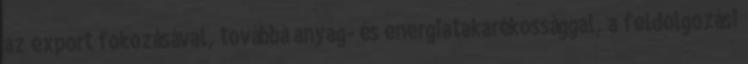
az export fokozásával, továbbá anyag- és energiatakarékossággal, a feldolgozási